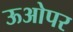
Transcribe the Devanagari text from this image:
ऊओपर